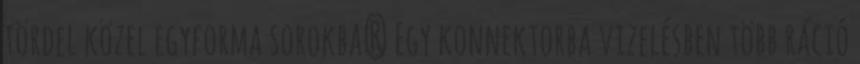
tördel közel egyforma sorokba? Egy konnektorba vizelésben több ráció